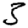
Digit: 3